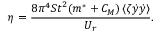
\eta = \frac { { 8 { \pi ^ { 4 } } { S t } ^ { 2 } ( { m ^ { * } } + { C _ { M } } ) \left\langle { \zeta \dot { y } \dot { y } } \right\rangle } } { { { U _ { r } } } } .